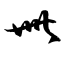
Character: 卌